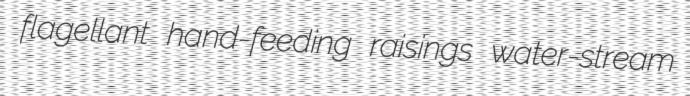
flagellant hand-feeding raisings water-stream